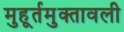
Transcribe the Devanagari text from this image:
मुहूर्तमुक्तावली